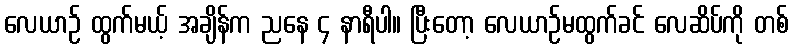
လေယာဉ် ထွက်မယ့် အချိန်က ညနေ ၄ နာရီပါ။ ပြီးတော့ လေယာဉ်မထွက်ခင် လေဆိပ်ကို တစ်